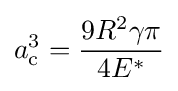
a_{\text{c}}^{3}={\frac {9R^{2}\gamma \pi }{4E^{*}}}